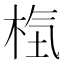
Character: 𣒻